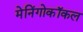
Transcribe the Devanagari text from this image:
मेनिंगोकॉकल